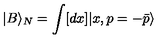
| B \rangle _ { N } = \int [ d x ] | x , p = - \bar { p } \rangle